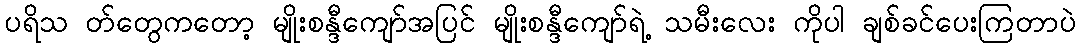
ပရိသ တ်တွေကတော့ မျိုးစန္ဒီကျော်အပြင် မျိုးစန္ဒီကျော်ရဲ့ သမီးလေး ကိုပါ ချစ်ခင်ပေးကြတာပဲ